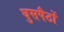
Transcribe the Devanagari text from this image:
घुसपैठों